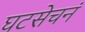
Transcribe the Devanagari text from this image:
घटसेचनं